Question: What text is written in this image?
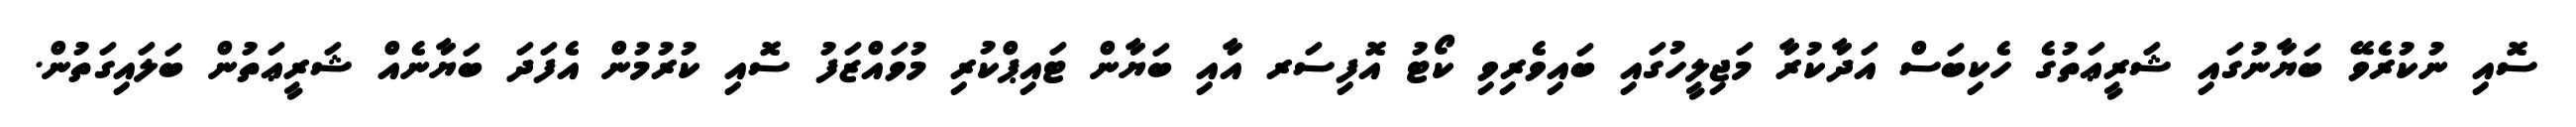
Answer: ސޮއި ނުކުރެވޭ ބަޔާނުގައި ޝަރީޢަތުގެ ހެކިބަސް އަދާކުރާ މަޖިލީހުގައި ބައިވެރިވި ކޯޓު އޮފިސަރ އާއި ބަޔާން ޓައިޕްކުރި މުވައްޒަފު ސޮއި ކުރުމުން އެފަދަ ބަޔާނެއް ޝަރީޢަތުން ބަލައިގަތުން.